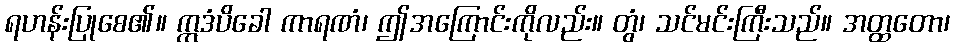
ရဟန်းပြုစေ၏။ ဣဒံပိခေါ ကာရဏံ၊ ဤအကြောင်းကိုလည်း။ တွံ၊ သင်မင်းကြီးသည်။ အတ္ထတော၊